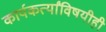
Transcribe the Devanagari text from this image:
कार्यकर्त्यांविषयीही